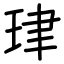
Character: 珒